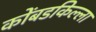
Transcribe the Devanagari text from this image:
कोंबडकिल्ला